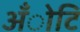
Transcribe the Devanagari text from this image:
अँोटि